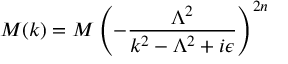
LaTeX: M ( k ) = M \left( - \frac { \Lambda ^ { 2 } } { k ^ { 2 } - \Lambda ^ { 2 } + i \epsilon } \right) ^ { 2 n }